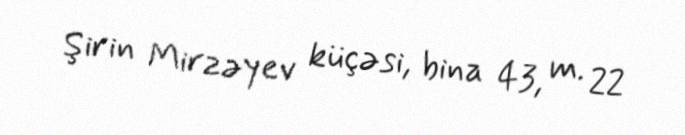
Şirin Mirzəyev küçəsi, bina 43, m. 22